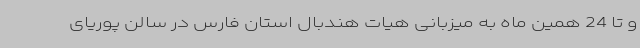
و تا 24 همین ماه به میزبانی هیات هندبال استان فارس در سالن پوریای